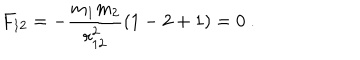
LaTeX: F _ { 1 2 } = - \frac { m _ { 1 } m _ { 2 } } { r _ { 1 2 } ^ { 2 } } ( 1 - 2 + 1 ) = 0 \ .